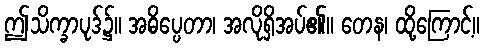
ဤသိက္ခာပုဒ်၌။ အဓိပ္ပေတာ၊ အလိုရှိအပ်၏။ တေန၊ ထို့ကြောင့်။